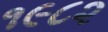
૧૯૮૨